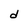
Character: d